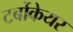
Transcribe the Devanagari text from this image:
टर्बोकेयर